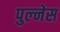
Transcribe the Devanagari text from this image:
पुल्नेस